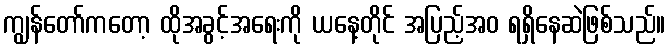
ကျွန်တော်ကတော့ ထိုအခွင့်အရေးကို ယနေ့တိုင် အပြည့်အဝ ရရှိနေဆဲဖြစ်သည်။